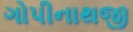
ગોપીનાથજી